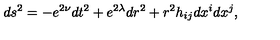
d s ^ { 2 } = - e ^ { 2 \nu } d t ^ { 2 } + e ^ { 2 \lambda } d r ^ { 2 } + r ^ { 2 } h _ { i j } d x ^ { i } d x ^ { j } ,